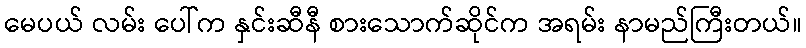
မေပယ် လမ်း ပေါ်က နှင်းဆီနီ စားသောက်ဆိုင်က အရမ်း နာမည်ကြီးတယ်။